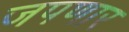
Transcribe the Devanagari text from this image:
जपणार